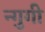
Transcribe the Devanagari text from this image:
न्गुगी